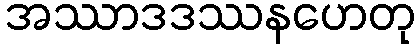
အဿာဒဒဿနဟေတု